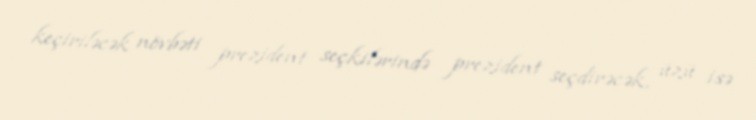
keçiriləcək növbəti prezident seçkilərində prezident seçdirəcək, üzü isə